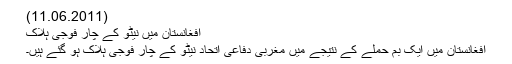
(11.06.2011)
افغانستان میں نیٹو کے چار فوجی ہلاک
افغانستان میں ایک بم حملے کے نتیجے میں مغربی دفاعی اتحاد نیٹو کے چار فوجی ہلاک ہو گئے ہیں۔